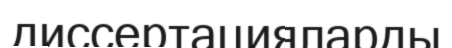
диссертацияларды